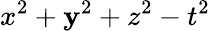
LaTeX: x^{2}+\mathbf{y}^{2}+z^{2}-t^{2}